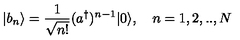
| b _ { n } \rangle = \frac { 1 } { \sqrt { n ! } } ( a ^ { \dagger } ) ^ { n - 1 } | 0 \rangle , \quad n = 1 , 2 , . . , N